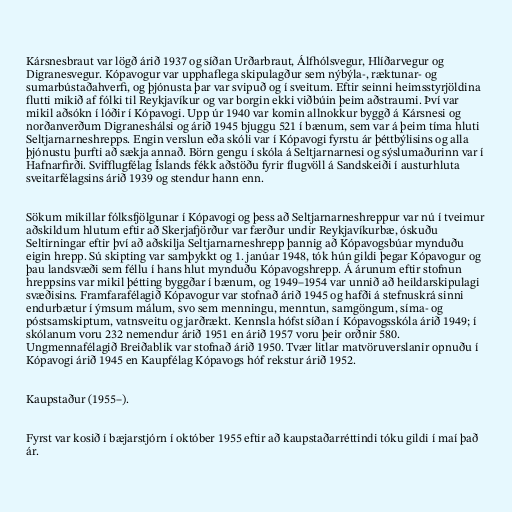
Kársnesbraut var lögð árið 1937 og síðan Urðarbraut, Álfhólsvegur, Hlíðarvegur og
Digranesvegur. Kópavogur var upphaflega skipulagður sem nýbýla-, ræktunar- og
sumarbústaðahverfi, og þjónusta þar var svipuð og í sveitum. Eftir seinni heimsstyrjöldina
flutti mikið af fólki til Reykjavíkur og var borgin ekki viðbúin þeim aðstraumi. Því var
mikil aðsókn í lóðir í Kópavogi. Upp úr 1940 var komin allnokkur byggð á Kársnesi og
norðanverðum Digraneshálsi og árið 1945 bjuggu 521 í bænum, sem var á þeim tíma hluti
Seltjarnarneshrepps. Engin verslun eða skóli var í Kópavogi fyrstu ár þéttbýlisins og alla
þjónustu þurfti að sækja annað. Börn gengu í skóla á Seltjarnarnesi og sýslumaðurinn var í
Hafnarfirði. Svifflugfélag Íslands fékk aðstöðu fyrir flugvöll á Sandskeiði í austurhluta
sveitarfélagsins árið 1939 og stendur hann enn.

Sökum mikillar fólksfjölgunar í Kópavogi og þess að Seltjarnarneshreppur var nú í tveimur
aðskildum hlutum eftir að Skerjafjörður var færður undir Reykjavíkurbæ, óskuðu
Seltirningar eftir því að aðskilja Seltjarnarneshrepp þannig að Kópavogsbúar mynduðu
eigin hrepp. Sú skipting var samþykkt og 1. janúar 1948, tók hún gildi þegar Kópavogur og
þau landsvæði sem féllu í hans hlut mynduðu Kópavogshrepp. Á árunum eftir stofnun
hreppsins var mikil þétting byggðar í bænum, og 1949–1954 var unnið að heildarskipulagi
svæðisins. Framfarafélagið Kópavogur var stofnað árið 1945 og hafði á stefnuskrá sinni
endurbætur í ýmsum málum, svo sem menningu, menntun, samgöngum, síma- og
póstsamskiptum, vatnsveitu og jarðrækt. Kennsla hófst síðan í Kópavogsskóla árið 1949; í
skólanum voru 232 nemendur árið 1951 en árið 1957 voru þeir orðnir 580.
Ungmennafélagið Breiðablik var stofnað árið 1950. Tvær litlar matvöruverslanir opnuðu í
Kópavogi árið 1945 en Kaupfélag Kópavogs hóf rekstur árið 1952.

Kaupstaður (1955–).

Fyrst var kosið í bæjarstjórn í október 1955 eftir að kaupstaðarréttindi tóku gildi í maí það
ár.